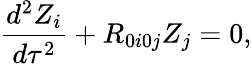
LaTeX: \frac{d^{2}Z_{i}}{d\tau^{2}}+R_{0i0j}Z_{j}=0,